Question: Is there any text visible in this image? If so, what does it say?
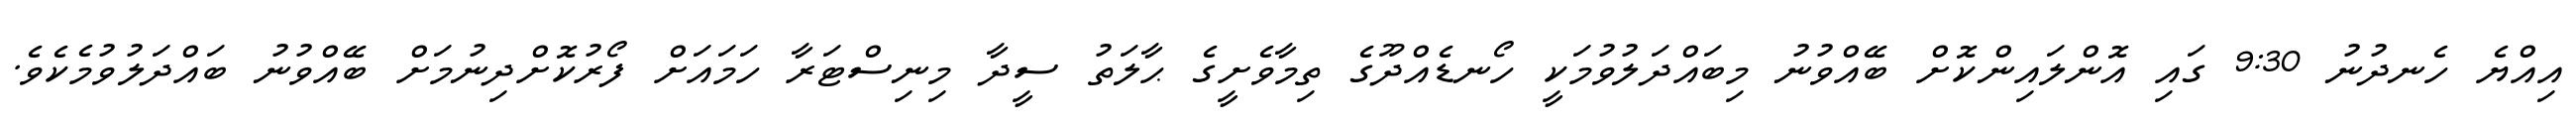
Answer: އިއްޔެ ހެނދުނު 9:30 ގައި އޮންލައިންކޮށް ބޭއްވުނު މިބައްދަލުވުމަކީ ހޯނޑެއްދޫގެ ތިމާވެށީގެ ޙާލަތު ސީދާ މިނިސްޓަރާ ހަމައަށް ފޯރުކޮށްދިނުމަށް ބޭއްވުނު ބައްދަލުވުމެކެވެ.